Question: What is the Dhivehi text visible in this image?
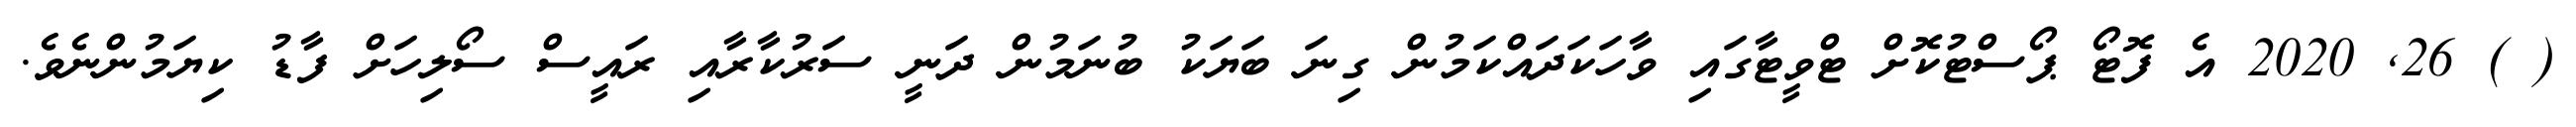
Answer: ( ) 26, 2020 އެ ފޮޓޯ ޕޯސްޓުކޮށް ޓްވީޓާގައި ވާހަކަދައްކަމުން ގިނަ ބަޔަކު ބުނަމުން ދަނީ ސަރުކާރާއި ރައީސް ސޯލިހަށް ފާޑު ކިޔަމުންނެވެ.